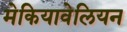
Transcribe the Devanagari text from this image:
मेकियावेलियन